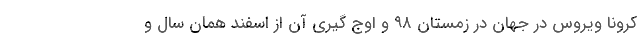
کرونا ویروس در جهان در زمستان ۹۸ و اوج گیری آن از اسفند همان سال و